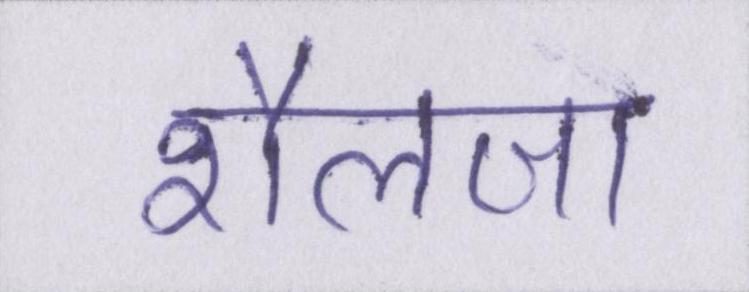
शैलजा